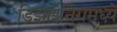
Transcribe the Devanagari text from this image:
डिझाईनिंगमध्ये